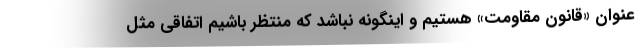
عنوان «قانون مقاومت» هستیم و اینگونه نباشد که منتظر باشیم اتفاقی مثل